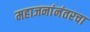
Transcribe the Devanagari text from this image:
महाजनांनंतरचा